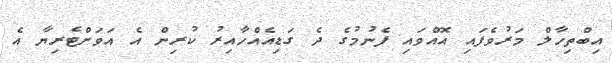
އިބްތިހާލް މަރުވެފައި އޮއްވައި ފެނުމުގެ ދެ ގަޑިއެއްހާއިރު ކުރިން އެ އަވަށްޓެރިޔާ އެ